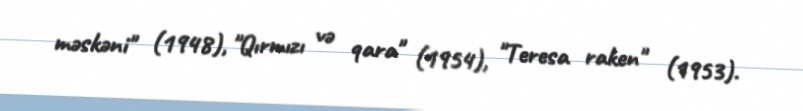
məskəni" (1948), "Qırmızı və qara" (1954), "Teresa raken" (1953).